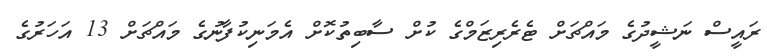
ރައީސް ނަޝީދުގެ މައްޗަށް ޓެރެރިޒަމްގެ ކުށް ސާބިތުކޮށް އެމަނިކުފާނުގެ މައްޗަށް 13 އަހަރުގެ